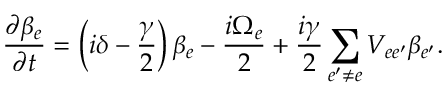
\frac { \partial \beta _ { e } } { \partial t } = \left( i \delta - \frac { \gamma } { 2 } \right) \beta _ { e } - \frac { i \Omega _ { e } } { 2 } + \frac { i \gamma } { 2 } \sum _ { e ^ { \prime } \neq e } V _ { e e ^ { \prime } } \beta _ { e ^ { \prime } } .